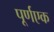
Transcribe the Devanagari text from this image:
पूर्णएक